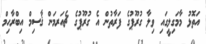
އަތޮޅު މާމަގިލީގައި ވިލާ ގުރޫޕުގެ ފަރާތުން އެ ގުރޫޕުގެ ޗެއަރމަން ޤާސިމް އިބްރާހިމް